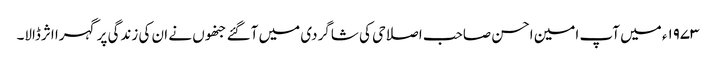
۱۹۷۳ء میں آپ امین احسن صاحب اصلاحی کی شاگردی میں آگئے جنھوں نے ان کی زندگی پر گہرا اثرڈالا۔